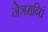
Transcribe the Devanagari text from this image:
नेत्रमब्धिं